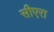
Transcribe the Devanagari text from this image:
सीएरा